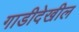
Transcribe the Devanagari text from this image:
गाडीदेखील